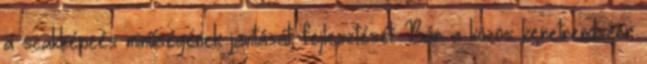
a szakképzés minőségének javítását, fejlesztését. Bár a közös keretrendszer